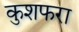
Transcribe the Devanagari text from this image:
कुशफरा